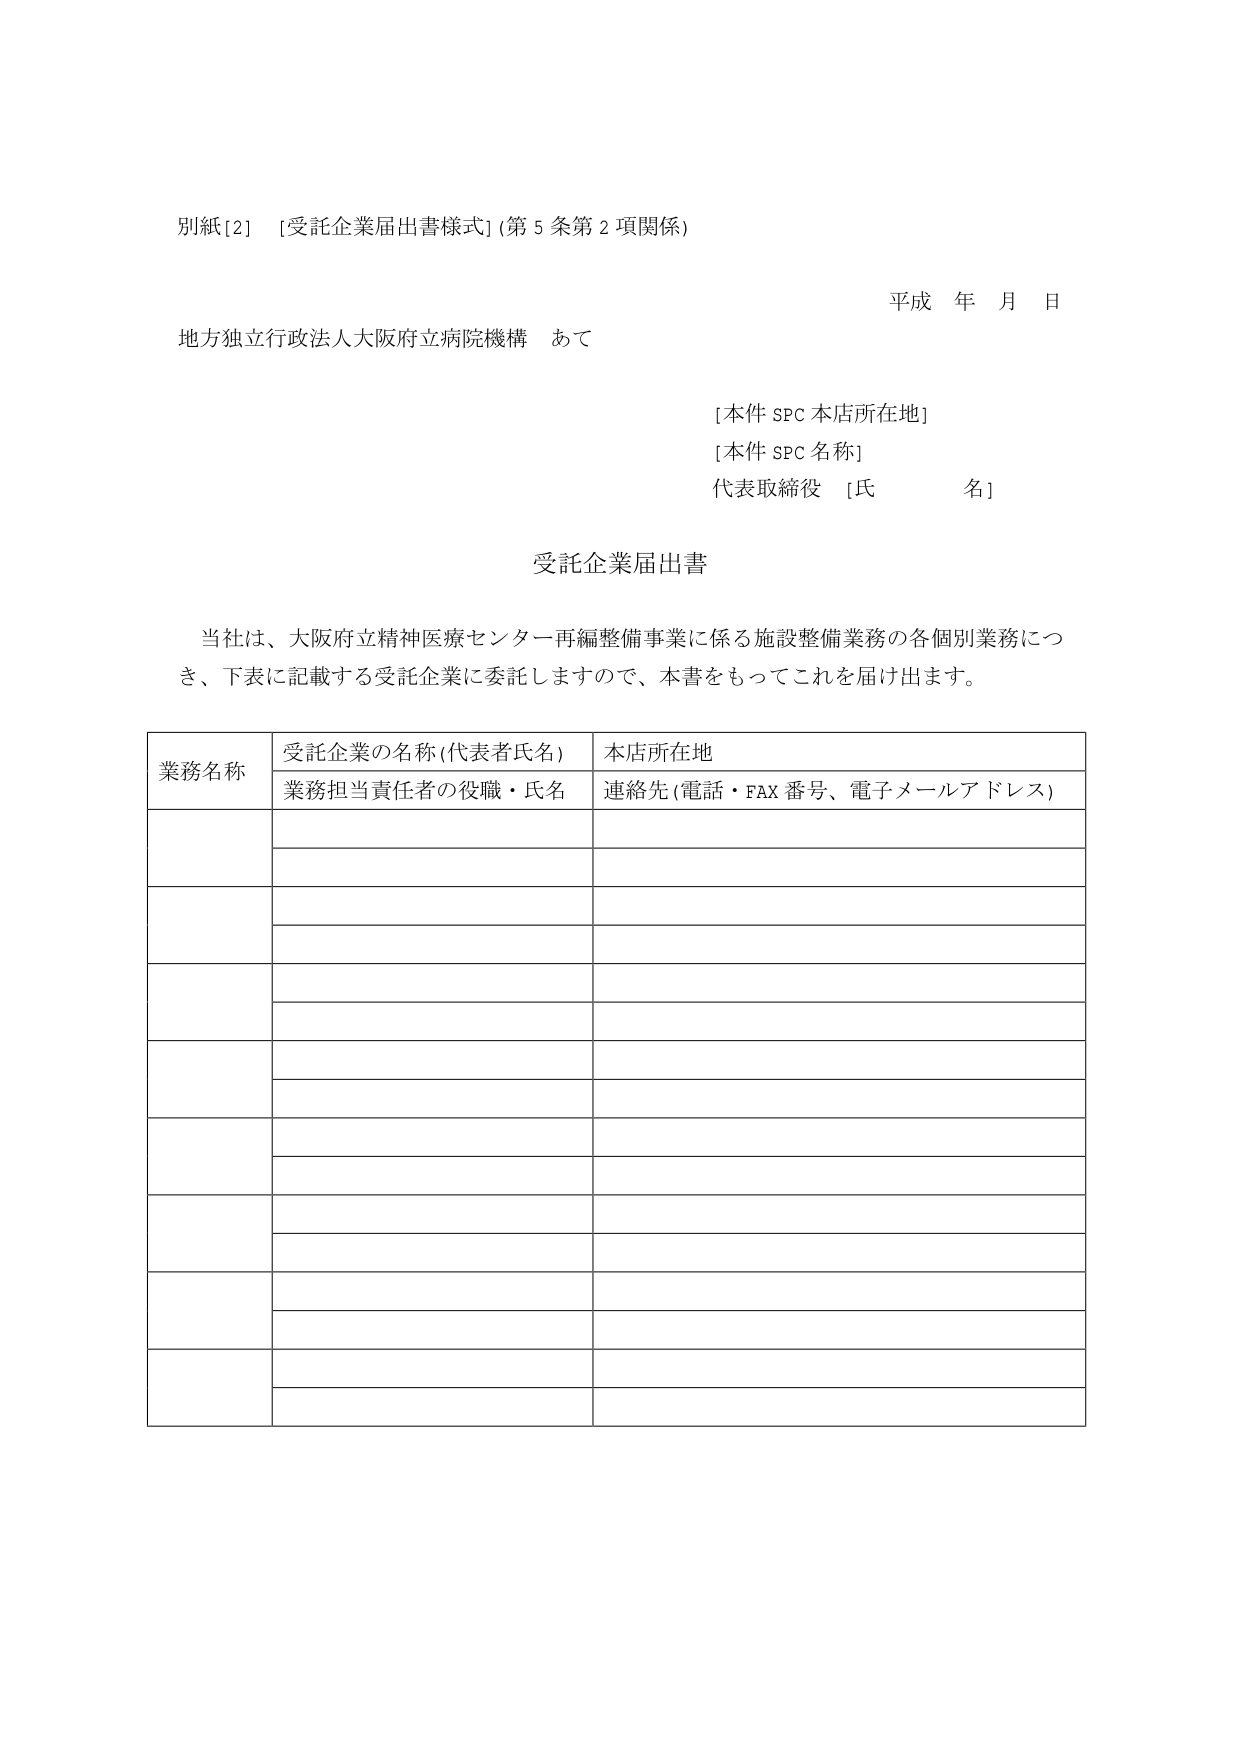
別紙[2] [受託企業届出書様式](第5条第2項関係)

平成 年 月 日

地方独立行政法人大阪府立病院機構 あて

[本件SPC本店所在地]
[本件SPC名称]
代表取締役 [氏 名]

受託企業届出書

当社は、大阪府立精神医療センター再編整備事業に係る施設整備業務の各個別業務につき、下表に記載する受託企業に委託しますので、本書をもってこれを届け出ます。

業務名称 受託企業の名称(代表者氏名) 本店所在地
業務担当責任者の役職・氏名 連絡先(電話・FAX番号、電子メールアドレス)